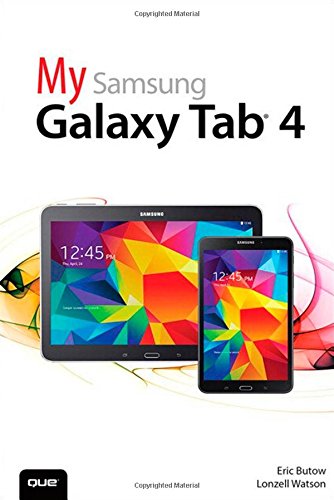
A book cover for My Samsung Galaxy Tab 4; Eric Butow; Computers & Technology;